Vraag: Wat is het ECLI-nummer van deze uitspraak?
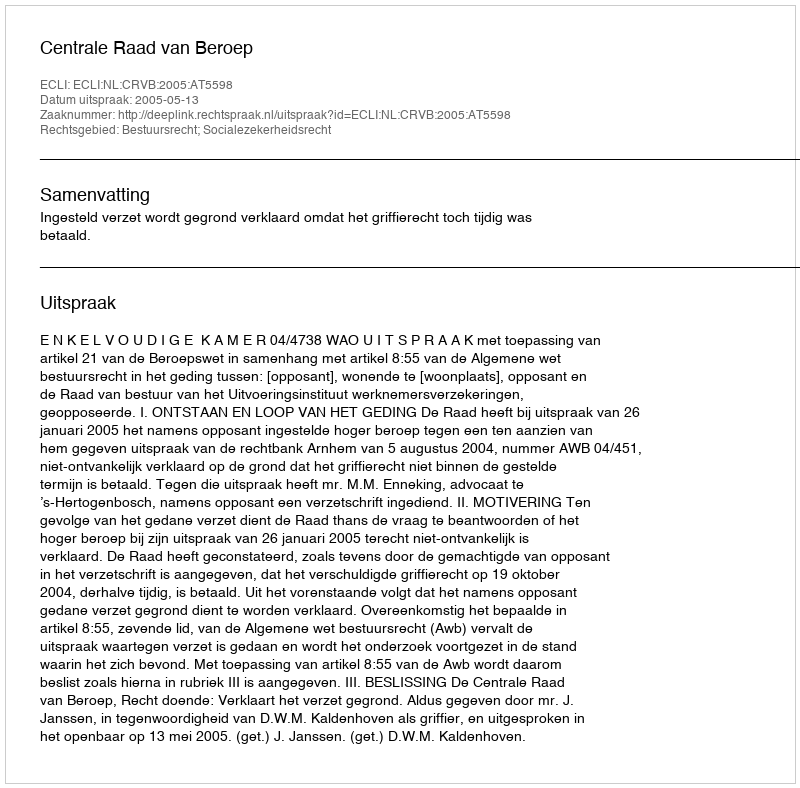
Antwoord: ECLI:NL:CRVB:2005:AT5598